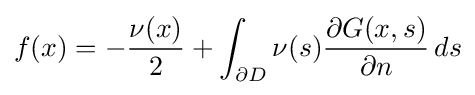
f(x)=-{\frac {\nu (x)}{2}}+\int _{\partial D}\nu (s){\frac {\partial G(x,s)}{\partial n}}\,ds